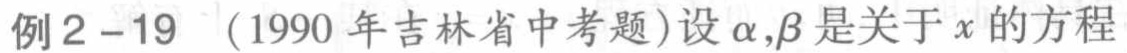
例2 - 19 （1990年吉林省中考题）设\(\alpha,\beta\)是关于\(x\)的方程